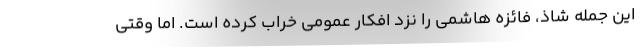
این جمله شاذ، فائزه هاشمی را نزد افکار عمومی خراب کرده است. اما وقتی